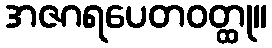
အဇဂရပေတဝတ္ထု။